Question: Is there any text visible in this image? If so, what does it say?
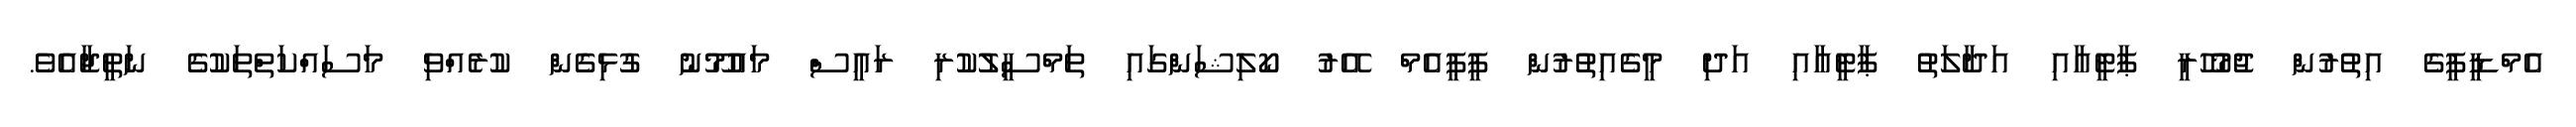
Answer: އެމްޑީޕީގެ އިތުރުން ޖުމުހޫރީ ޕާޓީއާއި އަދާލަތު ޕާޓީއާއި އަދި މީގެއިތުރުން ޕީޕީއެމް އޭރު ކޯލިޝަންގައި ތަމްސީލުކުރި ރައީސް މައުމޫނު ގުޅިގެން ކުރެއްވި މަސައްކަތްތަކުގެ ނަތީޖާއެވެ.